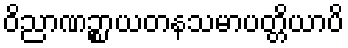
ဝိညာဏဉ္စာယတနသမာပတ္တိယာပိ